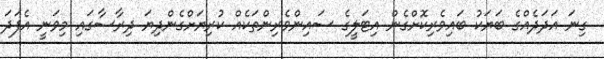
ގިނަ އަދަދެއްގެ ބަޔަކު ބައިވެރިކޮށްގެން އިޓަލީގެ ސައިންވެރިންތަކެއް ކުރިޔަށްގެންދިޔަ ދިރާސާގައި މިވަނީ އެފަދަ